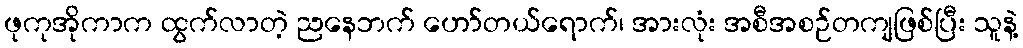
ဖုကုအိုကာက ထွက်လာတဲ့ ညနေဘက် ဟော်တယ်ရောက်၊ အားလုံး အစီအစဉ်တကျဖြစ်ပြီး သူနဲ့